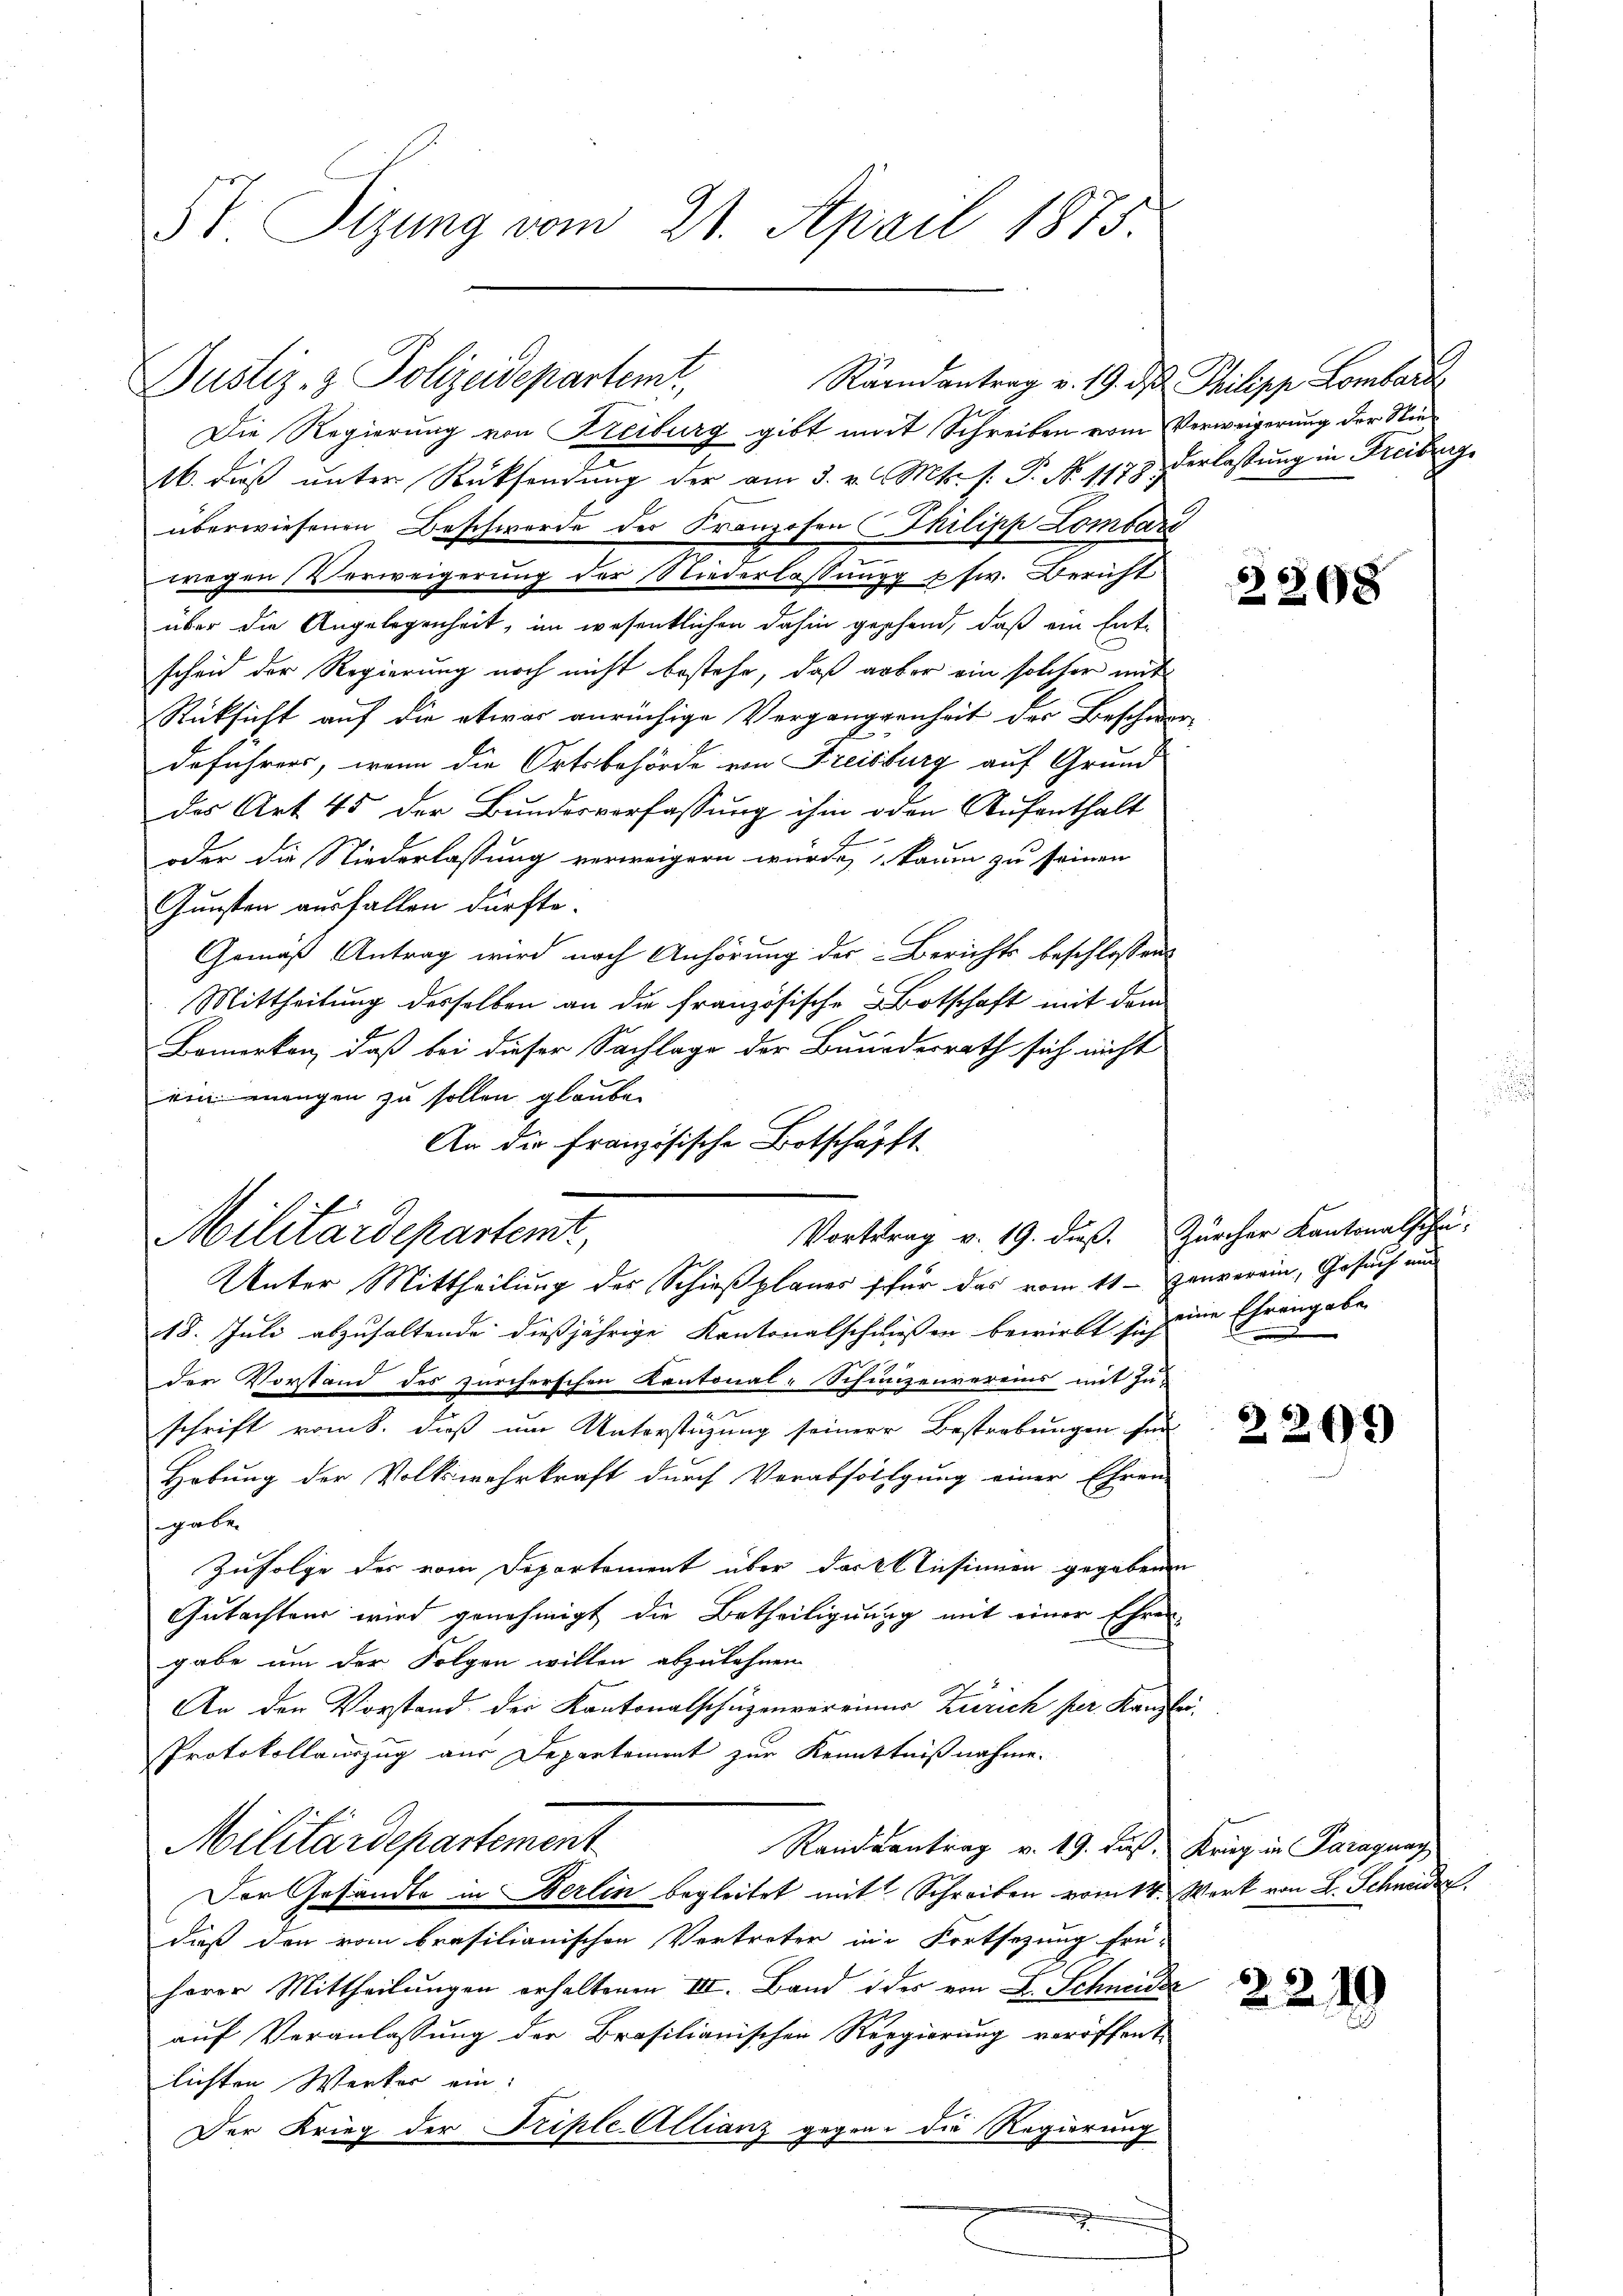
5t Sizung vom 21. April 1875.

Justiz- & Polizeidepartemt,

Militärdepartemt,

Raandantrag v. 19. ds Philipp Lombard

Die Regierung von Freiburg gibt mit Schreiben vom Verweigerung der Stie¬
16. dieß unter Rücksendung der am 3. v. Mts. f. P. Nr. 1178) Verlassung in Freiburg
überwiesenen Beschwerde der Franzosen Thilipp Lombard
wegen Verweigerung der Niederlassungg usw. Bericht
über die Angelegenheit, im wesentlichen dahin geschend, daß ein Ent-
scheid der Regierung noch nicht bestehe, daß aber ein solcher mit
Rücksicht auf die etwas anrüchige Verganggenheit des Beschwor
deführers, wenn die Ortsbehörde von Freisburg auf Grund
das Art. 45 der Bundesverfassung ihm oder Aufenthalt
oder die Niederlassung verweigern würde, kaum zu seinen
Gunsten ausfallen dürfte.
Gemäß Antrag wird nach Anhörung der Berichts beschlossens
Mittheilung desselben an die französische Botschaft mit dem
Bemerken, daß bei dieser Sachlage der Bundesrath sich nicht
einmengen zu sollen glaube
An die französische Botschäfft
Unter Mittheilung des Schießplanes für das vom 11. Janverein, Gesuch nun
18. Juli abzuhaltende dießjährige Kantonalschnißen bewirkt sich eine Ehrengabe
der Vorstand des zürcherschen Kantonal-Schinizenvereins mit Zu-
.
schrift vom b. dieß um Unterstützung seiner Bestrebungen für
Hobung der Volkswehrkraft durch Verabfolgung einer Ehren-
sgabe
Zufolge des vom Departement über das Einsinnen gegebenen
Gutachten wird genehmigt die Betheiligung mit einer Ehren-
gabe um der Folgen willen abzulehnen.
An den Vorstand der Kantonalschüzenvereiner Zürich per. Kanzlei.
Protokollauszug aus Departement zur Kenntnißnahme.
Militärdepartement
Randsantrag v. 19. Fuß, Krieg in Paraguay
Der Gesandte in Berlin begleitet mit Schreiben vom 14. Werk von L. Schneider
daß den vom brasilianischen Vertreter in Fortsetzung frü-
herrn Mittheilŭngen erhaltenen III. Band des von L. Schneider
auf Veranlassung der Brositianischen Regierung veröffent
lichten Werker ein.
Der Krieg der Triple Allianz gegen die Regierung

33698

Vortrag v. 19. dieß. Zürcher Kantonalschu

2265)

2219